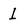
Character: 1